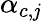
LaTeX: \alpha_{c,\mathit{j}}